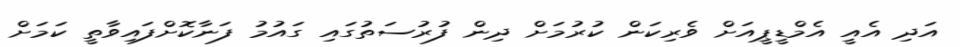
އަދި އެއީ އެމްޑީޕީއަށް ވެރިކަން ކުރުމަށް ދިން ފުރުސަތުގައި ގައުމު ފަނާކޮށްފައިވާތީ ކަމަށް